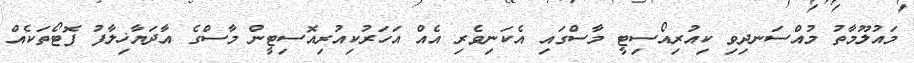
މައުލޫމާތު މުއްސަނދިވި ކިއުރިއޯސިޓީ މާސްގައި އެކަނިވެރި އެއް އަހަރުކިއުރިއޮސިޓީން މާސްގެ އާދަޔާޚިލާފު ފޮޓޯތަކެއް